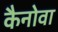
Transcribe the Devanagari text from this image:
कैनोवा